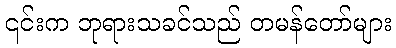
၎င်းက ဘုရားသခင်သည် တမန်တော်များ